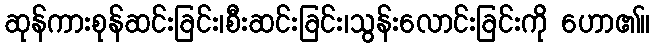
ဆုန်ကားစုန်ဆင်းခြင်း၊စီးဆင်းခြင်း၊သွန်းလောင်းခြင်းကို ဟော၏။